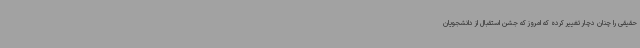
حقیقی را چنان دچار تغییر کرده که امروز که جشن استقبال از دانشجویان